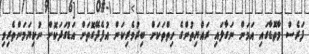
ފަރެސް މާތޮޑާގައި އަމަން ނަގާލައި ރައްޔިތުންގެ ހިތްތަކަށް ބިރުވެރިކަން އުފެދޭގޮތަށް އަޑުގަދަކޮށް ނުކިޔަމަންތެރިވި